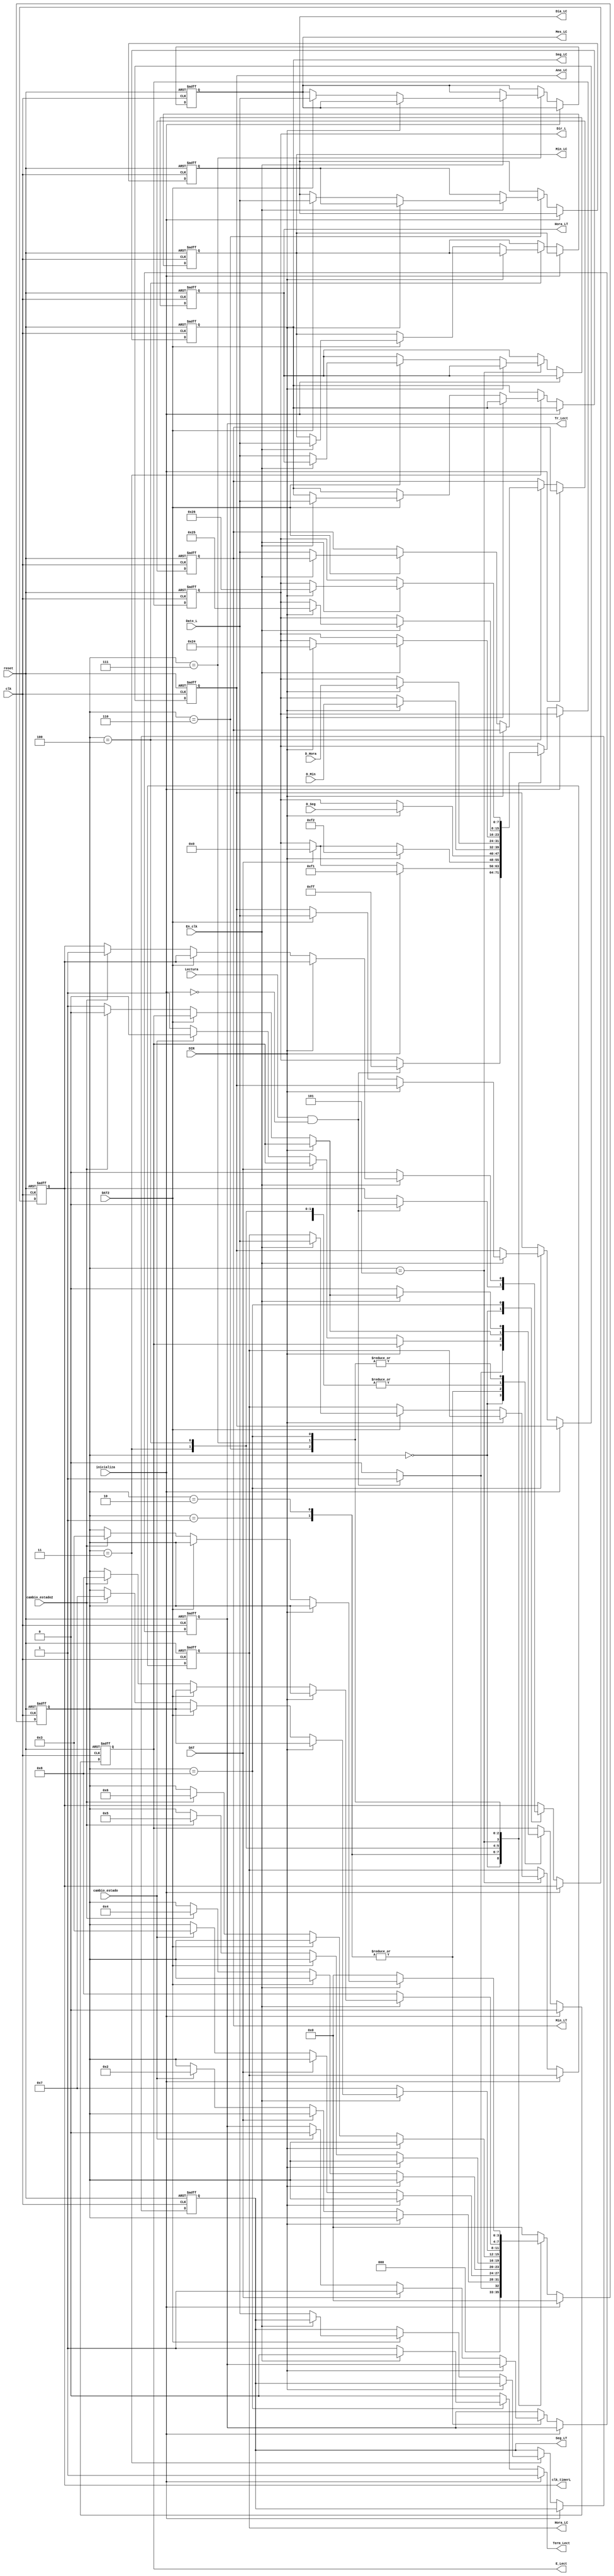
`timescale 1ns / 1ps
//////////////////////////////////////////////////////////////////////////////////
// Company: 
// Engineer: 
// 
// Design Name: 
// Module Name:    Maquina_Lectura 
// Project Name: 
// Target Devices: 
// Tool versions: 
// Description: 
//
// Dependencies: 
//
// Revision: 
// Revision 0.01 - File Created
// Additional Comments: 
//
//////////////////////////////////////////////////////////////////////////////////
module Maquina_Lectura(input wire clk, reset, 
DAT,DIR,DAT2,cambio_estado,cambio_estado2, 	//entradas para controlar el envio de datos, vienen de entradas de control
En_clk, Lectura, inicializa,					// senales de la maquina principal, la primera lectura del clk o timer, segunda habilita la lect
input wire [7:0] D_Seg,D_Min,D_Hora, Dato_L,  						//entradas de direcciones de maquina principal y datos del RTC  
output wire [7:0] Seg_LC,Min_LC,Hora_LC,Ano_LC, Mes_LC, Dia_LC,// salidas de los datos de lectura del clk
Seg_LT,Min_LT,Hora_LT, 														 /// salidas de lectura del timer
output wire  Term_Lect,E_Lect,Tr_Lect,clk_timerL, 					// senales de control para la maquina principal y la de control
output wire[7:0] Dir_L  ); 													// direccion de lectura del timer

localparam [3:0] 	s0 = 4'b0000, // Variables del control de la maquina de estados
						s1 = 4'b0001,
						s2 = 4'b0010,
						s3 = 4'b0011,
						s4 = 4'b0100,
						s5 = 4'b0101,
						s6 = 4'b0110,
						s7 = 4'b0111,
						s8 = 4'b1000;
// contador de la maquina
reg [3:0] ctrl_maquina, ctrl_maquina_next;

///asignacion de registros auxiliares para cada salida del bloque///

reg clk1_timer2,clk1_timer2_next;
reg [7:0] Dato_Dir_reg, Dato_Dir_next;
reg [7:0] Seg_C_reg,Seg_C_next,Min_C_reg,Min_C_next,Hora_C_reg,Hora_C_next;
reg [7:0] Seg_T_reg,Seg_T_next,Min_T_reg,Min_T_next,Hora_T_reg,Hora_T_next;
reg [7:0] Dia_reg, Dia_next,Mes_reg,Mes_next,Ano_reg,Ano_next;
reg Term_Lect_reg,Tr_Lect_reg,Tr_Lect_next; 
reg En_Lect_reg, En_Lect_next;

// inicializacion y refresco de los registros a utlizar de las variables de salida

always @( posedge clk, posedge reset)begin
	if (reset)begin
			ctrl_maquina <= 0;
			En_Lect_reg <= 0;
			Tr_Lect_reg <=0;
			Dato_Dir_reg <= 0;
			Seg_C_reg <= 0;
			Min_C_reg <= 0;
			Hora_C_reg <= 0;
			Seg_T_reg <= 0;
			Min_T_reg <= 0;
			Hora_T_reg <= 0;
			Mes_reg <= 0;
			Dia_reg <= 0;
			Ano_reg <= 0;
			clk1_timer2 <=0;
	end
	else begin
			ctrl_maquina <= ctrl_maquina_next;
			En_Lect_reg <= En_Lect_next;
			Dato_Dir_reg <= Dato_Dir_next;
			Tr_Lect_reg <= Tr_Lect_next;
			Seg_C_reg <= Seg_C_next;
			Min_C_reg <= Min_C_next;
			Hora_C_reg <= Hora_C_next;
			Seg_T_reg <= Seg_T_next;
			Min_T_reg <= Min_T_next;
			Hora_T_reg <= Hora_T_next;
			Dia_reg <= Dia_next;
			Mes_reg <= Mes_next;
			Ano_reg <= Ano_next;
			clk1_timer2 <= clk1_timer2_next;
			end 
	end
	
/////////// Maquina de estados//////////////////

always@*
       begin
        ctrl_maquina_next = ctrl_maquina;
		  En_Lect_next = En_Lect_reg;
        Dato_Dir_next = Dato_Dir_reg;
		  Seg_C_next = Seg_C_reg;
			Min_C_next = Min_C_reg;
			Hora_C_next = Hora_C_reg;
			Seg_T_next = Seg_T_reg;
			Min_T_next = Min_T_reg;
			Hora_T_next = Hora_T_reg;
			Term_Lect_reg = 0;
			Dia_next = Dia_reg;
			Tr_Lect_next = Tr_Lect_reg;
			Mes_next = Mes_reg;
			Ano_next = Ano_reg;
			clk1_timer2_next = clk1_timer2;
     if(~inicializa)
		begin	
	  case (ctrl_maquina)
			
			
					////////// Estado general, espera la senal de lectura para empezar el proceso////////////
					
					
            s0 : begin
				//	
				  if (Lectura && ~inicializa) begin
						Term_Lect_reg = 0;
                  ctrl_maquina_next = s1;
						clk1_timer2_next = 0;
						Dato_Dir_next = 8'b11111111;
						En_Lect_next = 1;end
               else begin
						ctrl_maquina_next = s0; 
                  En_Lect_next = 0;
						end end

			//////////// Estado de escritura del comando de transferencia del clock o el timer a la RAM			

			s1 : begin
						if (DIR) 
							Dato_Dir_next = 8'b11110001;
						else if (DAT) begin
							Tr_Lect_next = 1;
							Dato_Dir_next = 8'b00000000; end
						else if (cambio_estado) begin
							 ctrl_maquina_next = s2;
							 Tr_Lect_next = 0;
							  En_Lect_next = 0; end
						else begin
							 En_Lect_next =  1;
							ctrl_maquina_next = ctrl_maquina_next;  end	end						
			s2 : begin		
							if (DIR) 
								Dato_Dir_next = 8'b11110010;
							else if (DAT) begin
								Tr_Lect_next = 1;
								Dato_Dir_next = 8'b00000000;end
							else if (cambio_estado) begin
								 Tr_Lect_next = 0;
								 ctrl_maquina_next = s3;
								  En_Lect_next = 0; end
							else begin
								 En_Lect_next =  1;
								ctrl_maquina_next = ctrl_maquina_next;  end							
								end 
								
             	//////////// Estado de lectura del dato de segundos, tanto del clock como del timer
		//////////// Recibe de la maquina principal la direccion (clock o timer) donde lee y envia el valor a la salida
		
				 s3 : begin
					Seg_T_next = Seg_T_reg;
               Seg_C_next = Seg_C_reg;
					if (DIR) 
						Dato_Dir_next = D_Seg;
               else if (DAT2) begin 
						if(En_clk)
							Seg_C_next = Dato_L;
						else
							Seg_T_next = Dato_L;end
					else if (cambio_estado2) begin	
						 ctrl_maquina_next = s4;
						  En_Lect_next = 0; end
					else begin
						 En_Lect_next =  1;
                  ctrl_maquina_next = ctrl_maquina_next;  end
				end
						
			//////////// Estado de lectura del dato de minutosos, tanto del clock como del timer
		//////////// Recibe de la maquina principal la direccion (clock o timer) donde lee y envia el valor a la salida	 
      	
				s4 : begin
			        Min_C_next = Min_C_reg;
					  Min_T_next = Min_T_reg;
					if (DIR) 
						Dato_Dir_next = D_Min;
               else if (DAT2) begin 
						if(En_clk)
							Min_C_next = Dato_L;
						else
							Min_T_next = Dato_L;end
					else if (cambio_estado2 ) begin	
						 ctrl_maquina_next = s5;
						  En_Lect_next = 0; end
					else begin
						 En_Lect_next = 1;
                  ctrl_maquina_next = ctrl_maquina_next;  end	
				end
				
		//////////// Estado de lectura del dato de hora, tanto del clock como del timer
		//////////// Recibe de la maquina principal la direccion (clock o timer) donde lee y envia el valor a la salida
  
				s5 : begin
			        Hora_C_next = Hora_C_reg;
					  Hora_T_next = Hora_T_reg;
					if (DIR) 
						Dato_Dir_next = D_Hora;
               else if (DAT2)	 begin 
						if(En_clk)
							Hora_C_next = Dato_L;
						else
							Hora_T_next = Dato_L;end
					else if (cambio_estado2 ) begin	 
						 ctrl_maquina_next = s6;
						  En_Lect_next = 0; end
					else begin
						 En_Lect_next =  1;
                  ctrl_maquina_next = ctrl_maquina_next;  end	
				end
			
			//////////// Estado de lectura del dato de dia del y envia el valor a la salida
			
			s6 : begin
               Dia_next = Dia_reg;
					if(En_clk) begin
						if (DIR) 
							Dato_Dir_next = 8'b00100100;
						else if (DAT2)
							Dia_next = Dato_L ;
						else if (cambio_estado2) begin	 
							 ctrl_maquina_next = s7;
							  En_Lect_next = 0; end
						else begin
							 En_Lect_next =  1;
							ctrl_maquina_next = ctrl_maquina_next;  end	end
					else begin	 
							 ctrl_maquina_next = s7;
							  En_Lect_next = 0;
							  end		
				end
				 
				 //////////// Estado de lectura del dato de mes del y envia el valor a la salida	
				 
				 s7 : begin			
					Mes_next = Mes_reg;
					if(En_clk) begin
						if (DIR) 
							Dato_Dir_next = 8'b00100101;
						else if (DAT2) 
							Mes_next = Dato_L;
						else if (cambio_estado2) begin	 
							 ctrl_maquina_next = s8;
							  En_Lect_next = 0; end
						else begin
							 En_Lect_next =  1;
							ctrl_maquina_next = ctrl_maquina_next;  end	
							end 
					else begin	 
						 ctrl_maquina_next = s8;
						  En_Lect_next = 0;
						  end 
					end

	//////////// Estado de lectura del dato de ano del y envia el valor a la salida	
	
				s8 : begin
				 Ano_next = Ano_reg;
				 if(En_clk) begin
						if (DIR) 
							Dato_Dir_next = 8'b00100110;
						else if (DAT2)
							Ano_next = Dato_L ;
						else if (cambio_estado2) begin
							 Term_Lect_reg = 0;	
							 ctrl_maquina_next = s3;
							 clk1_timer2_next = 1;
							  En_Lect_next = 0; end
						else begin
							 En_Lect_next =  1;
							ctrl_maquina_next = ctrl_maquina_next;  end	
							end 
					else begin	 
						 ctrl_maquina_next = s0;
						 clk1_timer2_next = 0;
						 Term_Lect_reg = 1;	
						 En_Lect_next = 0;
						  end	
					end
					
					//////////Estado de default
					
					default : ctrl_maquina_next = s0;
         endcase
		end
		else begin
		ctrl_maquina_next = s0; 
		Term_Lect_reg = 1;
		En_Lect_next = 0; 
		end
	end
	//////////////// Asignacion de las variables de salida//////////////	
	assign Seg_LC = Seg_C_reg;
	assign Min_LC = Min_C_reg;
	assign Hora_LC = Hora_C_reg;
	assign Seg_LT = Seg_T_reg;
	assign Min_LT = Min_T_reg;
	assign Hora_LT = Hora_T_reg;
	assign Dia_LC = Dia_reg;
	assign Mes_LC = Mes_reg;
	assign Ano_LC = Ano_reg;
	assign Dir_L = Dato_Dir_reg;
	assign E_Lect = En_Lect_reg;
	assign Tr_Lect = Tr_Lect_reg;
	
 /// Bandera que indica que se termino el proceso de escritura	
	assign Term_Lect = Term_Lect_reg; 
	assign clk_timerL = clk1_timer2;
endmodule